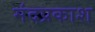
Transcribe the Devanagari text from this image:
मंदप्रकाश